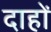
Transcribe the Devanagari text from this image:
दाहों